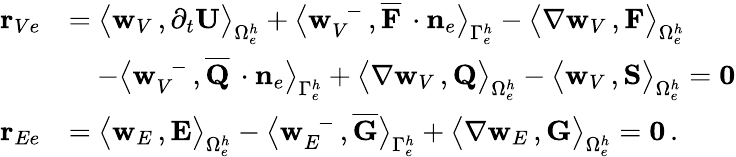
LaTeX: \begin{array}{rl}{{\mathbf r}_{Ve}}&{=\big\langle{{\mathbf w}_{V}}\, ,\partial_{{t}}{\mathbf U}\big\rangle_{\Omega_{e}^{h}}+\big\langle{{\mathbf w}}_{V}^{\, \, \, -}\, ,\overline{{{\mathbf F}}}\, \cdot{{\mathbf n}}_{e}\big\rangle_{\Gamma_{e}^{h}}-\big\langle\nabla{{\mathbf w}_{V}}\, ,{\mathbf F}\big\rangle_{\Omega_{e}^{h}}}\\ &{\quad-\big\langle{{\mathbf w}}_{V}^{\, \, \, -}\, ,\overline{{{\mathbf Q}}}\, \cdot{{\mathbf n}}_{e}\big\rangle_{\Gamma_{e}^{h}}+\big\langle\nabla{{\mathbf w}_{V}}\, ,{\mathbf Q}\big\rangle_{\Omega_{e}^{h}}-\big\langle{{\mathbf w}_{V}}\, ,{\mathbf S}\big\rangle_{\Omega_{e}^{h}}={\mathbf 0}}\\ {{\mathbf r}_{Ee}}&{=\big\langle{{\mathbf w}_{E}}\, ,{\mathbf E}\big\rangle_{\Omega_{e}^{h}}-\big\langle{{\mathbf w}}_{E}^{\, \, \, -}\, ,\overline{{{\mathbf G}}}\big\rangle_{\Gamma_{e}^{h}}+\big\langle\nabla{{\mathbf w}_{E}}\, ,{\mathbf G}\big\rangle_{\Omega_{e}^{h}}={\mathbf 0}\, .}\end{array}